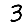
Digit: 3